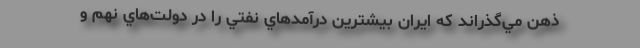
ذهن مي‌گذراند كه ايران بيشترين درآمدهاي نفتي را در دولت‌هاي نهم و